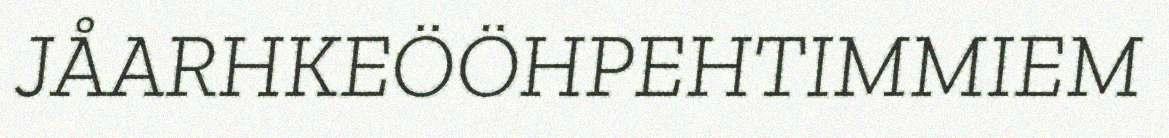
JÅARHKEÖÖHPEHTIMMIEM